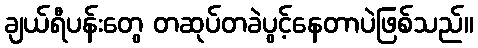
ချယ်ရီပန်းတွေ တဆုပ်တခဲပွင့်နေတာပဲဖြစ်သည်။